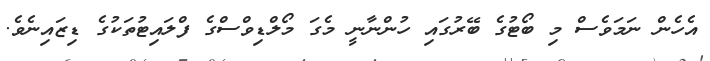
އެހެން ނަމަވެސް މި ބޯޓުގެ ބޭރުގައި ހުންނާނީ މެގަ މޯލްޑިވްސްގެ ފްލައިޓުތަކުގެ ޑިޒައިނެވެ.